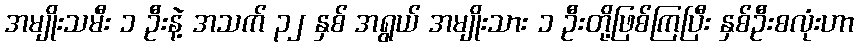
အမျိုးသမီး ၁ ဦးနဲ့ အသက် ၃၂ နှစ် အရွယ် အမျိုးသား ၁ ဦးတို့ဖြစ်ကြပြီး နှစ်ဦးစလုံးဟာ